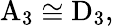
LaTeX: \mathrm{A}_{3}\cong\mathrm{D}_{3},